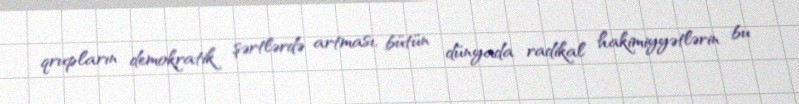
qrupların demokratik şərtlərdə artması, bütün dünyada radikal hakimiyyətlərin bu